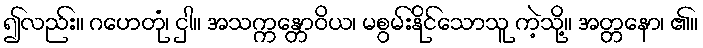
၍လည်း။ ဂဟေတုံ၊ ငှါ။ အသက္ကန္တောဝိယ၊ မစွမ်းနိုင်သောသူ ကဲ့သို့။ အတ္တနော၊ ၏။